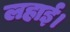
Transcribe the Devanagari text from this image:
लहाई।